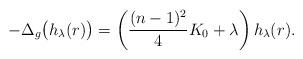
LaTeX: \begin{align*} - \Delta_{g} \bigl( h_{\lambda}(r) \bigr) = \left( \frac{(n-1)^2}{4} {K_0}+ \lambda \right) h_{\lambda}(r).\end{align*}